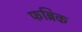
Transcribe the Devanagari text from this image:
फब्रिक